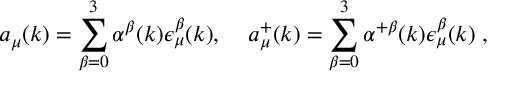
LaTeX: a _ { \mu } ( k ) = \sum _ { \beta = 0 } ^ { 3 } \alpha ^ { \beta } ( k ) \epsilon _ { \mu } ^ { \beta } ( k ) , \; \; \; \; a _ { \mu } ^ { + } ( k ) = \sum _ { \beta = 0 } ^ { 3 } \alpha ^ { + \beta } ( k ) \epsilon _ { \mu } ^ { \beta } ( k ) \; ,